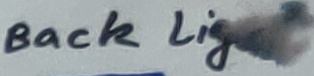
Text: Back Light